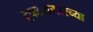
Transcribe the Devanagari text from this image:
ट्रफालगारच्या